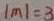
\vert m \vert = 3